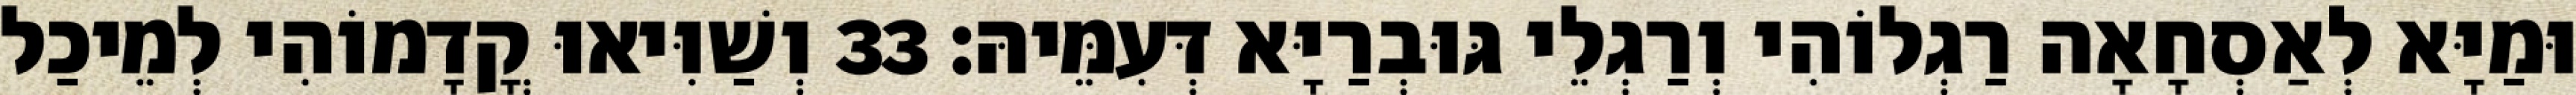
וּמַיָּא לְאַסְחָאָה רַגְלוֹהִי וְרַגְלֵי גּוּבְרַיָּא דְּעִמֵּיהּ׃ 33 וְשַׁוִּיאוּ קֳדָמוֹהִי לְמֵיכַל